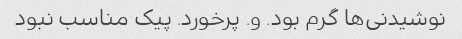
نوشیدنی‌ها گرم بود. و. پرخورد. پیک مناسب نبود